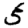
Digit: 5